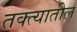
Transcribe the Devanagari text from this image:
तक्त्यातील